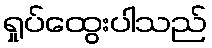
ရှုပ်ထွေးပါသည်